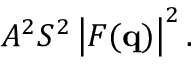
A ^ { 2 } S ^ { 2 } \left| F ( \mathbf { q } ) \right| ^ { 2 } .